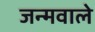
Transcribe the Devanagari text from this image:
जन्मवाले